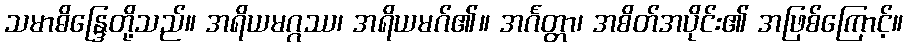
သမာဓိန္ဒြေတို့သည်။ အရိယမဂ္ဂဿ၊ အရိယမဂ်၏။ အင်္ဂတ္တာ၊ အစိတ်အပိုင်း၏ အဖြစ်ကြောင့်။